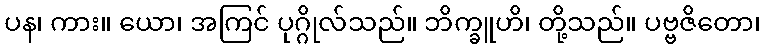
ပန၊ ကား။ ယော၊ အကြင် ပုဂ္ဂိုလ်သည်။ ဘိက္ခူဟိ၊ တို့သည်။ ပဗ္ဗဇိတော၊